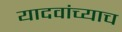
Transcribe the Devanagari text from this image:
यादवांच्याच